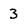
Character: 3